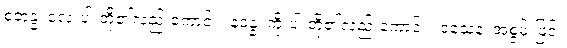
စတုန္နံ၊ လေးပါးတို့၏လည်းကောင်း။ နဝန္နံ၊ ကိုးပါးတို့၏လည်းကောင်း။ ဝသေန၊ အစွမ်းဖြင့်။